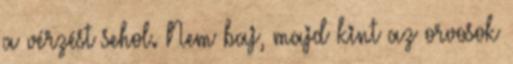
a vérzést sehol. Nem baj, majd kint az orvosok